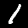
Label: 1